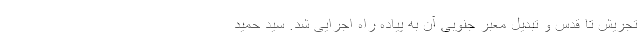
تجریش تا قدس و تبدیل معبر جنوبی آن به پیاده راه اجرایی شد. سید حمید